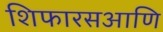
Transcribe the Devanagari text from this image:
शिफारसआणि